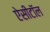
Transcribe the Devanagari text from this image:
ऐसीटॉल